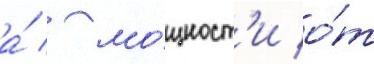
а́ / мо́щност'и о́т